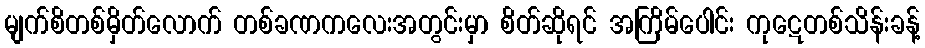
မျက်စိတစ်မှိတ်လောက် တစ်ခဏကလေးအတွင်းမှာ စိတ်ဆိုရင် အကြိမ်ပေါင်း ကုဋေတစ်သိန်းခန့်